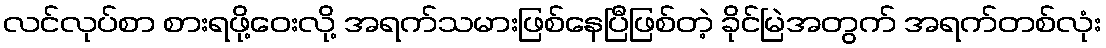
လင်လုပ်စာ စားရဖို့ဝေးလို့ အရက်သမားဖြစ်နေပြီဖြစ်တဲ့ ခိုင်မြဲအတွက် အရက်တစ်လုံး